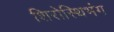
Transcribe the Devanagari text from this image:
शिरोस्थिभंग